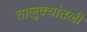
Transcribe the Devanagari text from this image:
तालुक्यांतली